Civil Veterinary Department. Madras. Admin. report 1910-25 - 1910-1925
Year: 1910
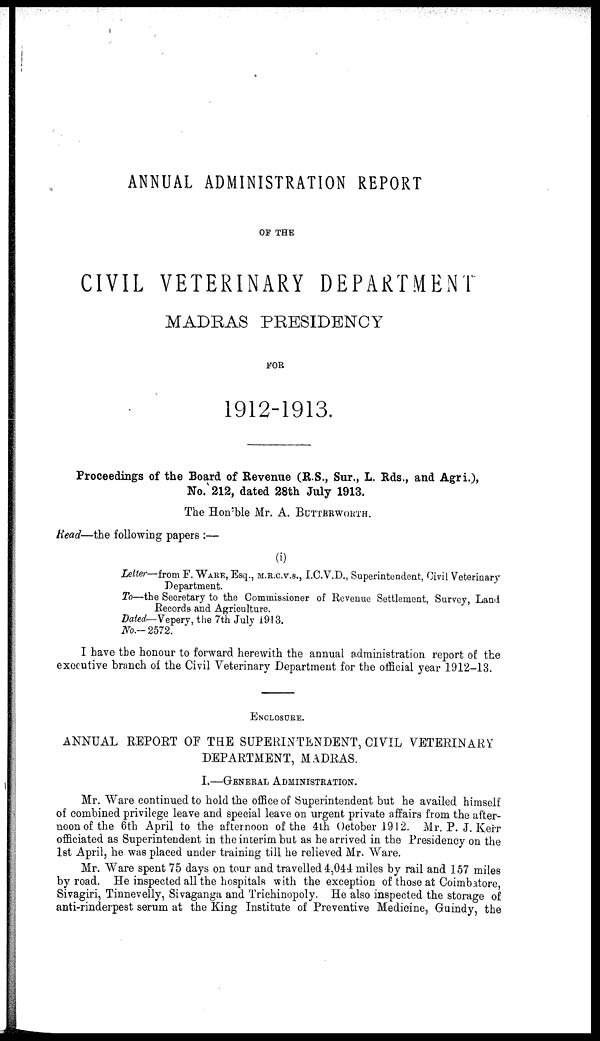
ANNUAL ADMINISTRATION REPORT
OF THE
CIVIL VETERINARY DEPARTMENT
MADRAS PRESIDENCY
FOR
1912-1913.
Proceedings of the Board of Revenue (R.S., Sur., L. Rds., and Agri.),
No. 212, dated 28th July 1913.
The Hon'ble Mr. A. BUTTERWORTH.
Read—the following papers :—
(i)
Letter—from F. WARE, Esq., M.R.C.V.S., I.C.V.D., Superintendent, Civil Veterinary
Department.
To—the Secretary to the Commissioner of Revenue Settlement, Survey, Land
Records and Agriculture.
Dated— Vepery, the 7th July 1913.
No.-2572.
I have the honour to forward herewith the annual administration report of the
executive branch of the Civil Veterinary Department for the official year 1912-13.
ENCLOSURE.
ANNUAL REPORT OF THE SUPERINTENDENT, CIVIL VETERINARY
DEPARTMENT, MADRAS.
I.—GENERAL ADMINISTRATION.
Mr. Ware continued to hold the office of Superintendent but he availed himself
of combined privilege leave and special leave on urgent private affairs from the after-
noon of the 6th April to the afternoon of the 4th October 1912. Mr. P. J. Kerr
officiated as Superintendent in the interim but as he arrived in the Presidency on the
1st April, he was placed under training till he relieved Mr. Ware.
Mr. Ware spent 75 days on tour and travelled 4,044 miles by rail and 157 miles
by road. He inspected all the hospitals with the exception of those at Coimbatore,
Sivagiri, Tinnevelly, Sivaganga and Trichinopoly. He also inspected the storage of
anti-rinderpest serum at the King Institute of Preventive Medicine, Guindy, the